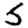
Digit: 5